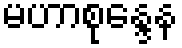
မဟာစုန္ဒေန